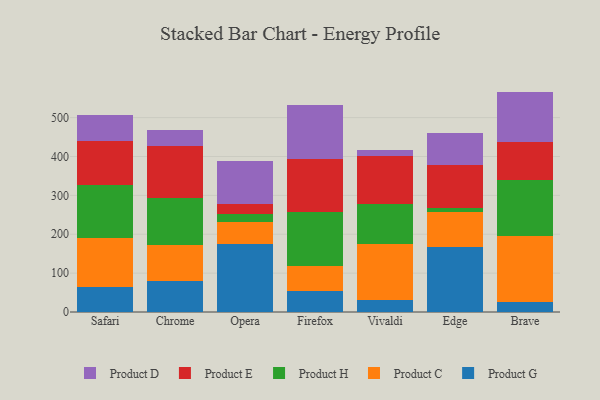
{"axis": {"x": "Browser", "y": "Headcount"}, "legend": ["Product C", "Product D", "Product E", "Product G", "Product H"], "data": [{"x": "Safari", "y": 64.3, "type": "Product G"}, {"x": "Safari", "y": 127.2, "type": "Product C"}, {"x": "Safari", "y": 135.1, "type": "Product H"}, {"x": "Safari", "y": 112.4, "type": "Product E"}, {"x": "Safari", "y": 68.4, "type": "Product D"}, {"x": "Chrome", "y": 81.0, "type": "Product G"}, {"x": "Chrome", "y": 91.0, "type": "Product C"}, {"x": "Chrome", "y": 121.1, "type": "Product H"}, {"x": "Chrome", "y": 135.1, "type": "Product E"}, {"x": "Chrome", "y": 40.8, "type": "Product D"}, {"x": "Opera", "y": 175.5, "type": "Product G"}, {"x": "Opera", "y": 55.6, "type": "Product C"}, {"x": "Opera", "y": 21.0, "type": "Product H"}, {"x": "Opera", "y": 25.8, "type": "Product E"}, {"x": "Opera", "y": 111.8, "type": "Product D"}, {"x": "Firefox", "y": 54.1, "type": "Product G"}, {"x": "Firefox", "y": 63.2, "type": "Product C"}, {"x": "Firefox", "y": 140.1, "type": "Product H"}, {"x": "Firefox", "y": 135.5, "type": "Product E"}, {"x": "Firefox", "y": 138.7, "type": "Product D"}, {"x": "Vivaldi", "y": 30.7, "type": "Product G"}, {"x": "Vivaldi", "y": 144.4, "type": "Product C"}, {"x": "Vivaldi", "y": 102.5, "type": "Product H"}, {"x": "Vivaldi", "y": 124.2, "type": "Product E"}, {"x": "Vivaldi", "y": 14.5, "type": "Product D"}, {"x": "Edge", "y": 167.8, "type": "Product G"}, {"x": "Edge", "y": 89.1, "type": "Product C"}, {"x": "Edge", "y": 10.7, "type": "Product H"}, {"x": "Edge", "y": 111.4, "type": "Product E"}, {"x": "Edge", "y": 80.8, "type": "Product D"}, {"x": "Brave", "y": 27.0, "type": "Product G"}, {"x": "Brave", "y": 169.6, "type": "Product C"}, {"x": "Brave", "y": 142.7, "type": "Product H"}, {"x": "Brave", "y": 98.5, "type": "Product E"}, {"x": "Brave", "y": 129.2, "type": "Product D"}]}